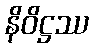
နိဝိဋ္ဌဿ